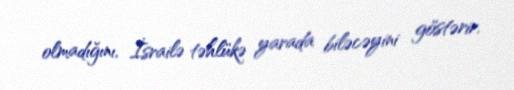
olmadığını, İsrailə təhlükə yarada biləcəyini göstərir.